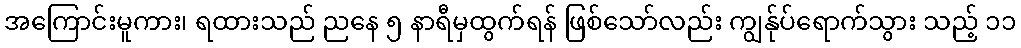
အကြောင်းမူကား၊ ရထားသည် ညနေ ၅ နာရီမှထွက်ရန် ဖြစ်သော်လည်း ကျွန်ုပ်ရောက်သွား သည့် ၁၁